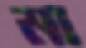
মা